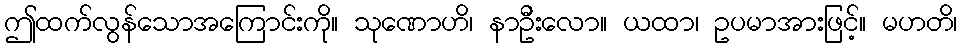
ဤထက်လွန်သောအကြောင်းကို။ သုဏောဟိ၊ နာဦးလော။ ယထာ၊ ဥပမာအားဖြင့်။ မဟတိ၊